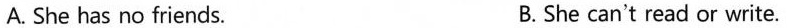
A. She has no friends. B. She can't read or write.